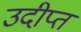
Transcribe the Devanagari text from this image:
उदीप्त